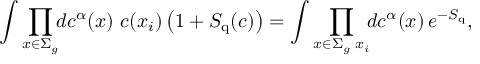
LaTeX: \int \prod _ { x \in \Sigma _ { g } } \! \! d c ^ { \alpha } ( x ) \, \, c ( x _ { i } ) \left( 1 + S _ { \mathrm { q } } ( c ) \right) = \int \prod _ { x \in \Sigma _ { g } \setminus x _ { i } } \! \! d c ^ { \alpha } ( x ) \, e ^ { - S _ { \mathrm { q } } } ,